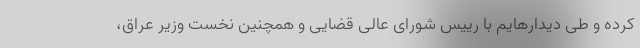
کرده و طی دیدارهایم با رییس شورای عالی قضایی و همچنین نخست وزیر عراق،